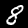
Digit: 8